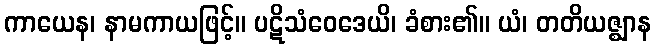
ကာယေန၊ နာမကာယဖြင့်။ ပဋိသံဝေဒေယိ၊ ခံစား၏။ ယံ၊ တတိယဇ္ဈာန